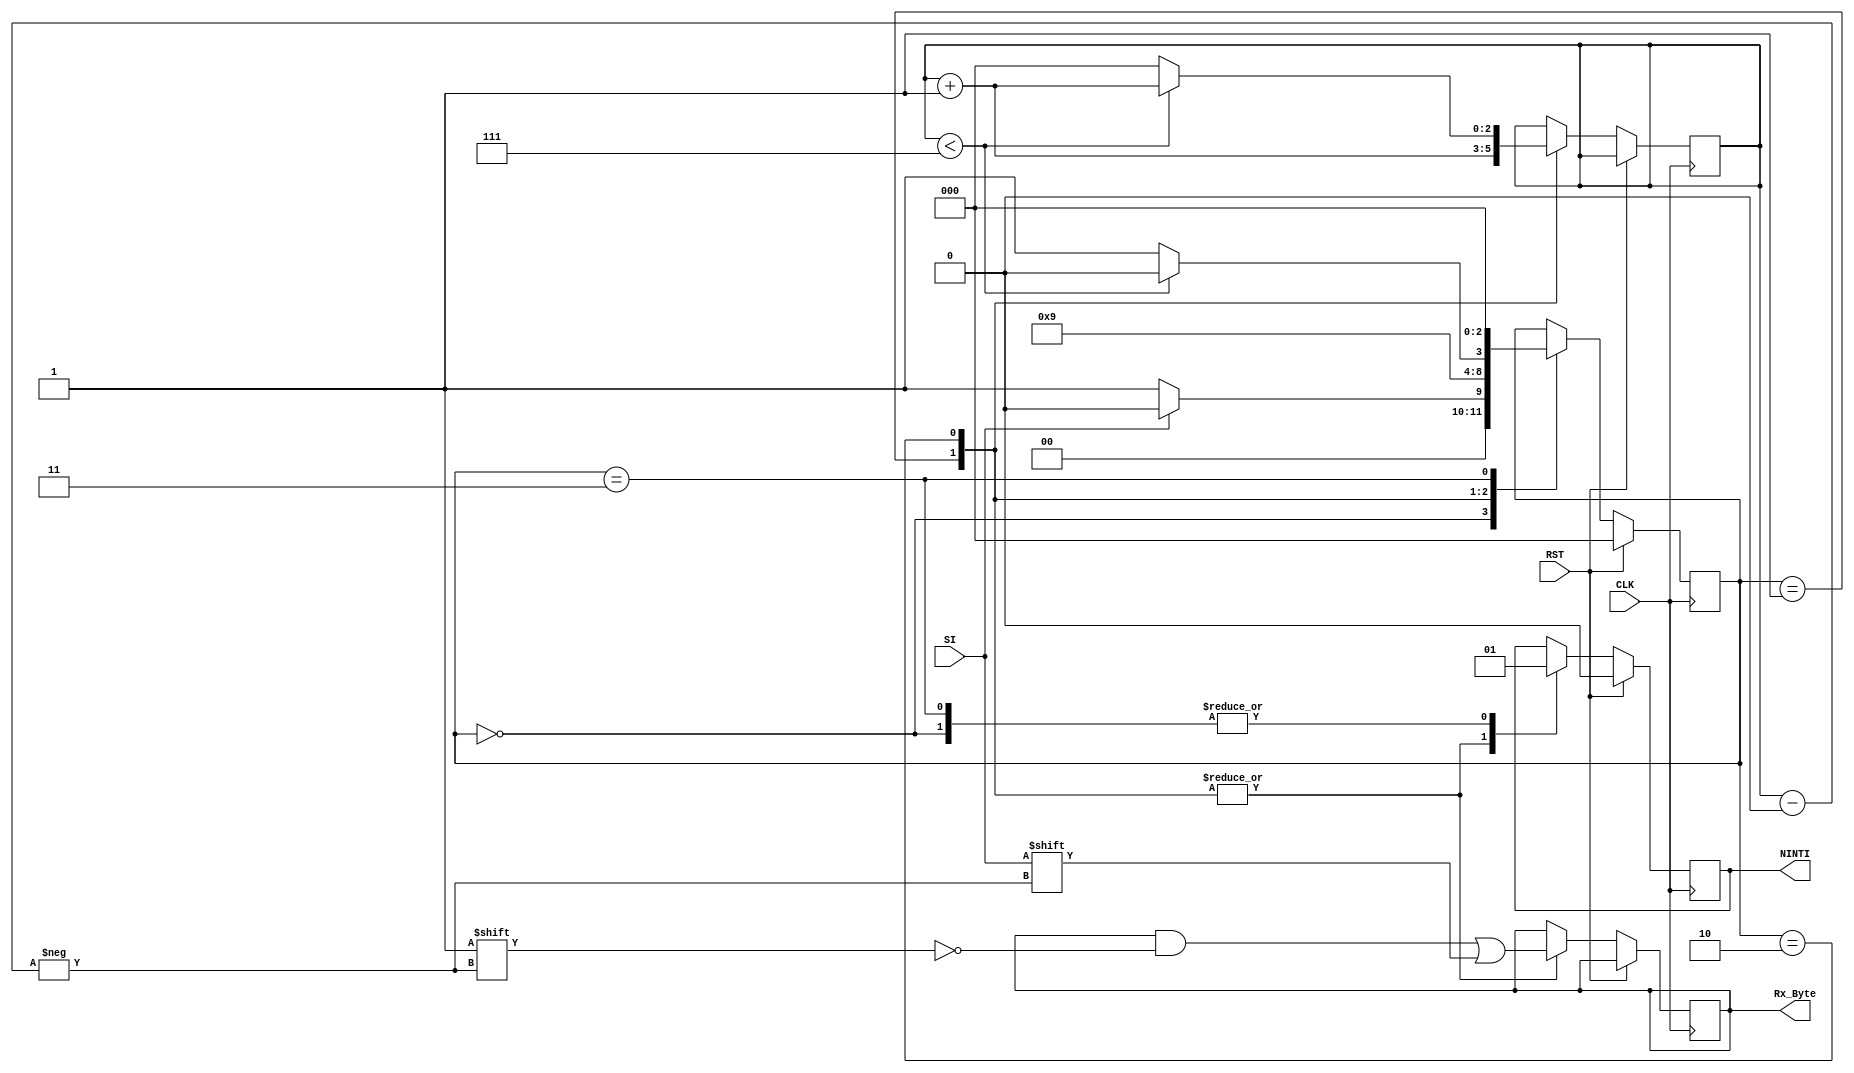
module UART_Rx(CLK,RST,SI,Rx_Byte, NINTI); 
input  CLK,RST, SI;
output reg [7:0] Rx_Byte;
output reg  NINTI; 

parameter IDLE = 3'b000;
parameter START_BIT = 3'b001; 
parameter RECV_BIT = 3'b010;
parameter STOP_BIT = 3'b011; 

parameter CLK_FREQ = 200000000;
parameter BAUD_RATE = 115200;

localparam CLKS_FOR_SEND = CLK_FREQ / BAUD_RATE;
localparam CLKS_FOR_RECV = CLKS_FOR_SEND / 2;

reg [2:0]state = 0; 
//reg [7:0]One_Byte = 0; // register for save data from input 
reg [2:0]Bit_Index = 0; 
reg [$clog2(CLKS_FOR_SEND)-1:0] tx_clk_count=0;


always @(posedge CLK)
 begin 
  if (RST) 
			begin 
			state <= IDLE;
			NINTI <= 1'b0;
			end
  else 
   begin 
	 case (state)
	  IDLE: // IDLE
	    begin
		   if (SI==1'b0) 
		   begin 
		   NINTI <= 1'b1;
		   state <= START_BIT; 
			end 
	     else 
		   begin 
			 NINTI <= 1'b1;
		    state <= IDLE; 
	      end	
	   end 
	  START_BIT: // REcieving the start bit ("0"), NINTI becomes low.  
	    begin 
		  NINTI <= 1'b0;		  
		  state <= RECV_BIT; 
		  Rx_Byte[Bit_Index] <= SI;
		  Bit_Index = Bit_Index + 1;
	    end 	
	  RECV_BIT: // Reception: Recieving 8 bits data
	    begin 
		  NINTI <= 1'b0;
		  Rx_Byte[Bit_Index] <= SI; // Bit_Index = (0 - 7) 000 to 111
		 
		  //sending 8 bits
		  if (Bit_Index < 7) 
		   begin
		    Bit_Index = Bit_Index + 1;
			 state <= RECV_BIT; 
	      end 	
		  else 
		   begin 
			 Bit_Index = 0; 
			 state <= STOP_BIT; 
			end 
		  
		 end 
	  STOP_BIT: // sending stop bit ("1") 
	   begin 
		 NINTI <= 1'b1; 
		 state <= IDLE; 
		end 
	
	 endcase
	end 
 end 
endmodule 

// SIDLE: sending IDLE, SO = 1; send = 1, move to S0
// S0, SO = 0, S1 -> S2 .....Sstop -> SIDLE (option 1)
// S0 (start bit) -> Strns (sending 8 bits) -> Sstop -> SIDLE (option 2)